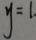
y = 1